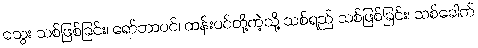
သွေး သစ်ဖြစ်ခြင်း၊ ရော်ဘာပင်၊ ထန်းပင်တို့ကဲ့သို့ သစ်ရည် သစ်ဖြစ်ခြင်း၊ သစ်ခေါက်